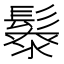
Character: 𩮥